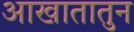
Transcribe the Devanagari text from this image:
आखातातुन